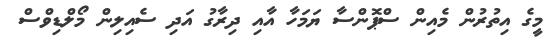
މީގެ އިތުރުން މެއިން ސްޕޮންސާ ޔަމަހާ އާއި ދިރާގު އަދި ސެއިލިން މޯލްޑިވްސް